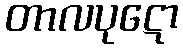
တာလပုဋော